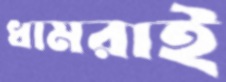
ধামরাই